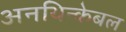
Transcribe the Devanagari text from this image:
अनथिन्केबल